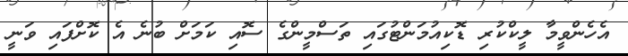
އެހެންވީމާ ލީކްކުރި ޑޮކިއުމަންޓުގައި ތަސްމީންގެ ސޮއި ކަމަށް ބުނެ އެ ކޮށްފައި ވަނީ